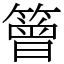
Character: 䉕